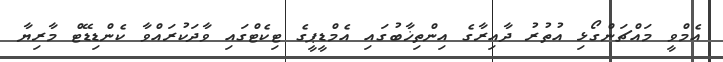
އެމްވީ މައްޗަންގޯޅި އުތުރު ދާއިރާގެ އިންތިޚާބުގައި އެމްޑީޕީގެ ޓިކެޓްގައި ވާދަކުރައްވާ ކެންޑިޑޭޓް މާރިޔާ